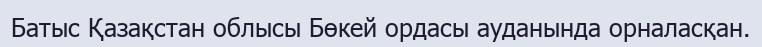
Батыс Қазақстан облысы Бөкей ордасы ауданында орналасқан.